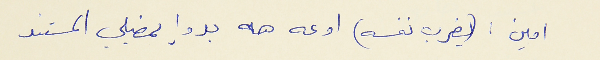
امين : (يضرب نفسه) اوعه هه بدوا يمضيلي المستند